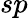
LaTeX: sp